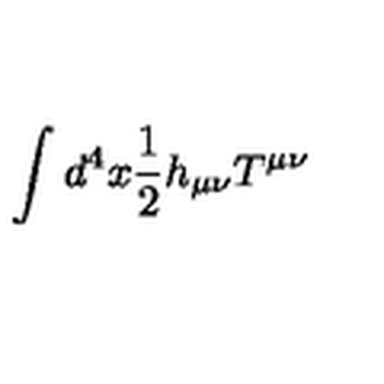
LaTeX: \int d ^ { 4 } x { \frac { 1 } { 2 } } h _ { \mu \nu } T ^ { \mu \nu }